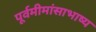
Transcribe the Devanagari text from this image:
पूर्वमीमांसाभाष्य